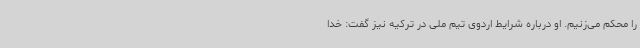
را محکم می‌زنیم. او درباره شرایط اردوی تیم ملی در ترکیه نیز گفت: خدا